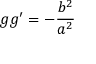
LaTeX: g g ^ { \prime } = - { \frac { b ^ { 2 } } { a ^ { 2 } } }